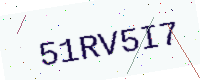
Text: 51RV5I7